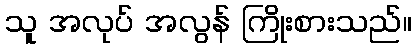
သူ အလုပ် အလွန် ကြိုးစားသည်။